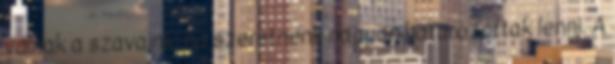
válnak a szavaink, ha szeretnénk nagyon határozottak lenni. A